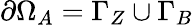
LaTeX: \partial\Omega_{A}=\Gamma_{Z}\cup\Gamma_{B}